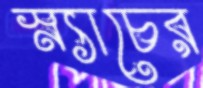
স্ন্যাচের